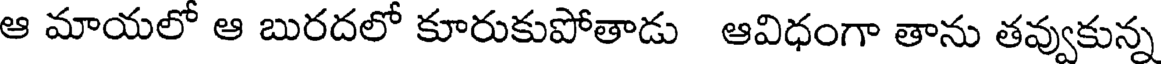
ఆ మాయలో ఆ బురదలో కూరుకుపోతాడు ఆవిధంగా తాను తవ్వుకున్న